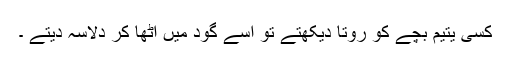
کسی یتیم بچے کو روتا دیکھتے تو اسے گود میں اٹھا کر دلاسہ دیتے ۔